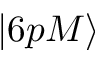
| 6 p M \rangle